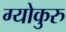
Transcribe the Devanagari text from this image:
ग्योकुरु